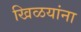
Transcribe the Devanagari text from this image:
खिळयांना